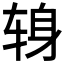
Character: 𫐍